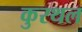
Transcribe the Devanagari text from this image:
कुरथल